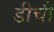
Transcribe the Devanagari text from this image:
डीची